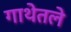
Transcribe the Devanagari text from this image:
गाथेतले